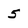
Character: 5